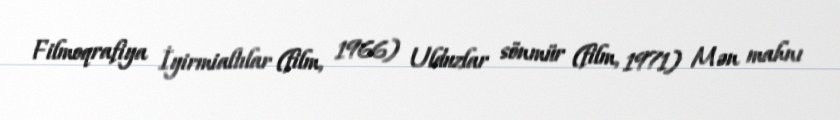
Filmoqrafiya İyirmialtılar (film, 1966) Ulduzlar sönmür (film, 1971) Mən mahnı